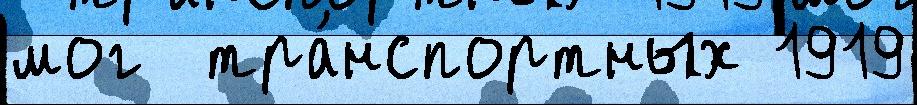
мог  тра́нспортных 1919